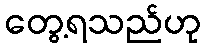
တွေ့ရသည်ဟု